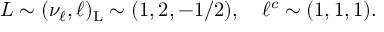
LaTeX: L \sim ( \nu _ { \ell } , \ell ) _ { \mathrm { L } } \sim ( 1 , 2 , - 1 / 2 ) , ~ ~ ~ \ell ^ { c } \sim ( 1 , 1 , 1 ) .